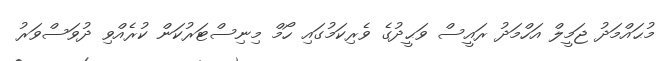
މުޙައްމަދު ޖަމީލް އަހްމަދު ރައީސް ވަޙީދުގެ ވެރިކަމުގައި ހޯމް މިނިސްޓަރުކަން ކުރެއްވި ދުވަސްވަރު